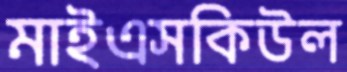
মাইএসকিউল